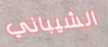
الشيباني